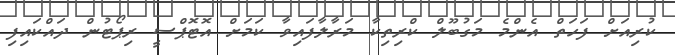
ކުރިއަށް ފަހަތް އެންމެ މަގުބޫލް ކްރިތިކާ މަރާލާފައިވާ ކަމަށް އޮޓޮޕްސީ ރިޕޯޓުން ދައްކައިފި